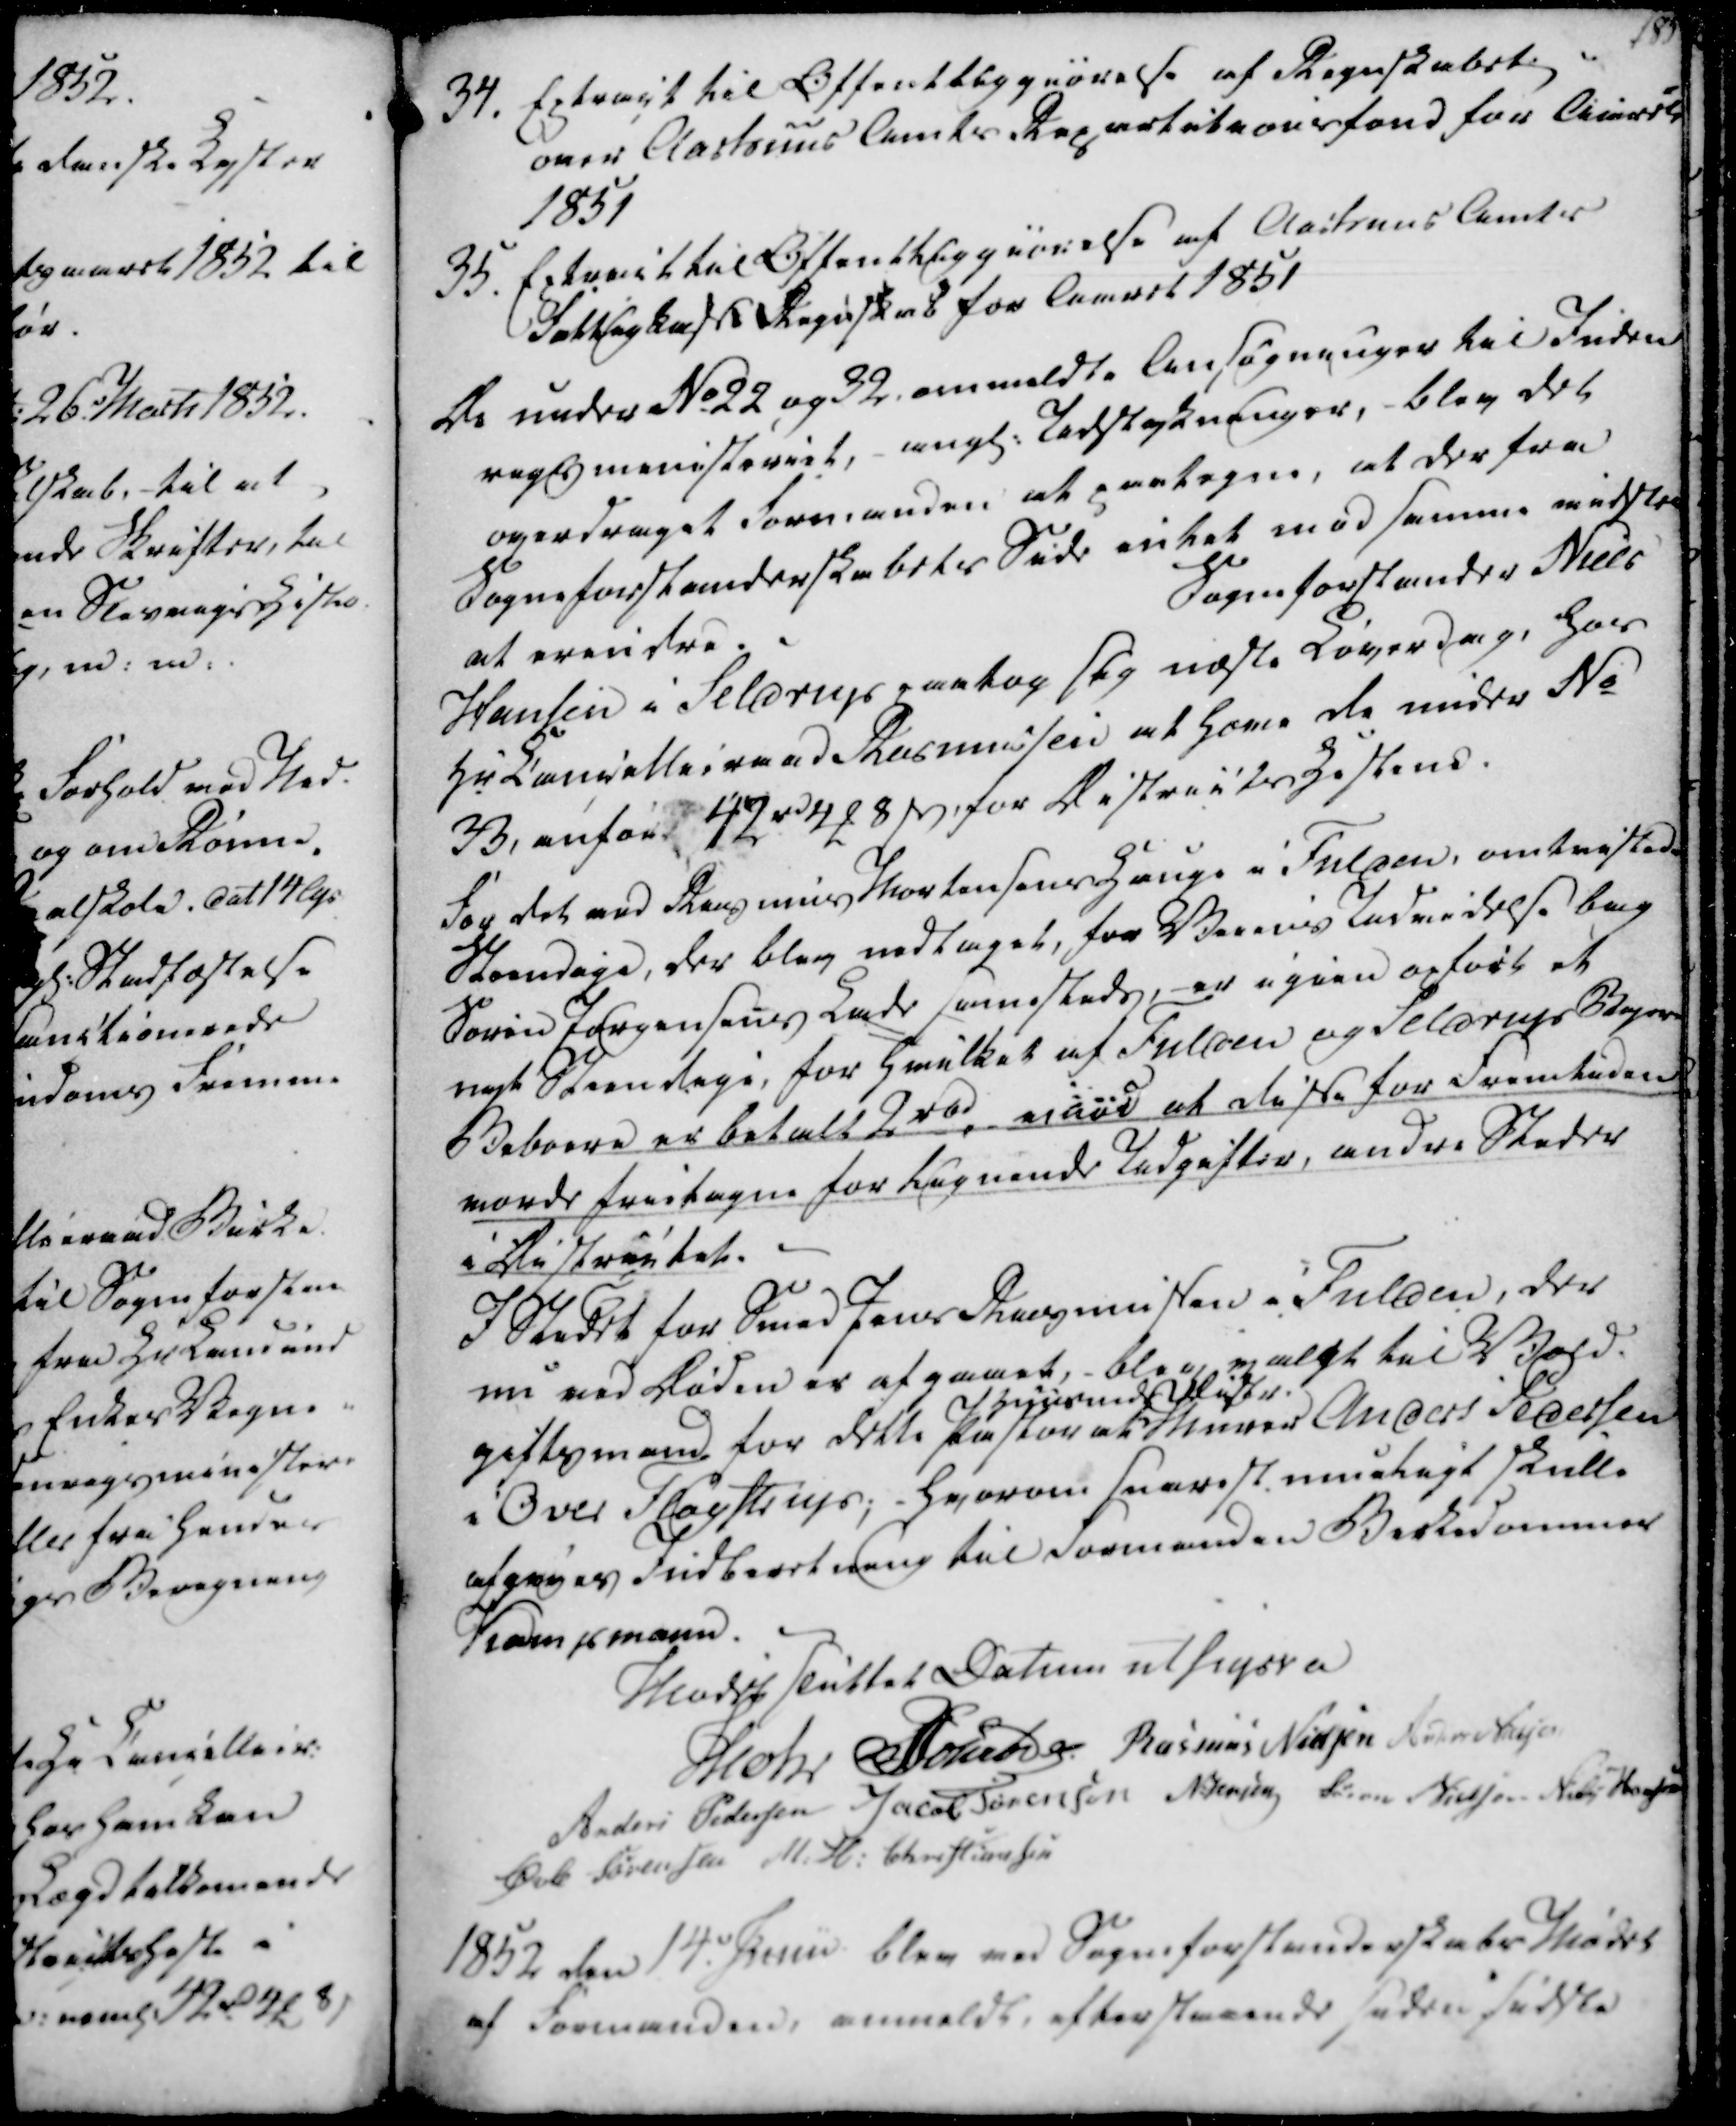
Transskription:
34. Extract til Offentliggiørelse af Regnskabet
over Aarhuus Amts Repartitionsfond for Aaret
1851
35. Extract til Offentliggiørelse af Aarhuus Amts
Fattigkasse Regnskab for Aaret 1851

De under No 22 og 32 anmeldte Ansøgninger til Inden
regsmenisteriet, angl. Udstykninger, blev det
overdraget Formanden at paategne, at der fra
Sogneforstanderskabets Side intet mod samme vidste
at erindre.
Sogneforstander Niels
Hansen i Seldrup paatog sig næste Løverdag, hos
Hr Cancellieraad Rasmussen at have de under No
33, anført 42 rd 4 ₻ 8 ẞ, for Districtshestene.
For det ved Rasmus Mortensens Hauge i Falsen, omtvistede
Steendige, der blev vedtaget, for Veiens Udvidelse bag
Søren Jørgensens Lade sammesteds, - er igien opført et
nyt Steendige, for hvilket af Fulden og Seldrup Byes
Beboere er betalt 2 rbd, mart at disse for Fremtiden 
vorde frietagne for lignende Udgifter, andre Steder
i Districtet.
I Stedet for Smed Jens Rasmussen i Fulden, der
nu ved Døden er afgaaet, - blev valgt til Vold-
giftsmand for dette Pastorat
Huusmed Vister
Murer Anders Pedersen
i Over Fløystrup; - hvorom snarest mueligt skulle
afgives Indberetning til Formanden Birkedommer
Kampmann.

Mødet sluttet Datum ut supra
Mohr
Schrøder
Rasmus Nielsen
Anders Nielsen
Anders Pedersen
Jacob Sørensen
N. Jensen
Søren Nielsen
Niels Hansen
Øvle Sørensen
M. H. Christiansen

1852 den 14. Junii blev ved Sogneforstanderskabs Mødet
af Formanden, anmeldt, efterstaaende siden sidste